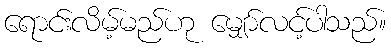
ရောင်းလိမ့်မည်ဟု မျှော်လင့်ပါသည်။